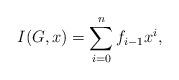
LaTeX: \begin{align*}I(G,x)= \sum\limits_{i=0}^{n} f_{i-1}x^{i},\end{align*}